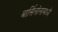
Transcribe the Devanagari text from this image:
बार्सिलोनामध्ये